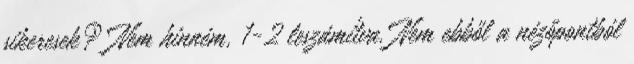
sikeresek? Nem hinném, 1-2 leszámítva. Nem ebből a nézőpontból